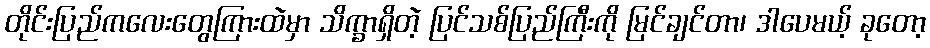
တိုင်းပြည်ကလေးတွေကြားထဲမှာ သိက္ခာရှိတဲ့ ပြင်သစ်ပြည်ကြီးကို မြင်ချင်တာ၊ ဒါပေမယ့် ခုတော့